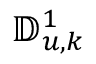
\mathbb { D } _ { u , k } ^ { 1 }